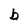
Character: b